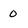
Character: 0